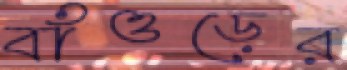
বাঁওড়ের